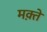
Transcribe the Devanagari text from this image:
मक़्ते